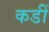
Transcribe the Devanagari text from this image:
कडीं